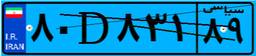
۸۰D۸۳۱۸۹